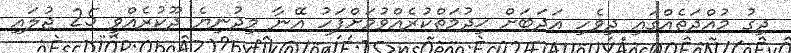
ދިގު މުއްދަތެއްގައި ދިވެހި އަދަބަށް ޚިދުމަތްކުރެއްވުމަށްފަހު އޭނާ މިދުނިޔެ ދޫކުރެއްވީ 25 ޖުލައި